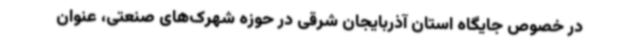
در خصوص جایگاه استان آذربایجان شرقی در حوزه شهرک‌های صنعتی، عنوان